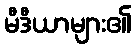
မီဒီယာများ၏